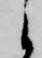
候